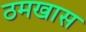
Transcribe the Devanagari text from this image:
ठमखास